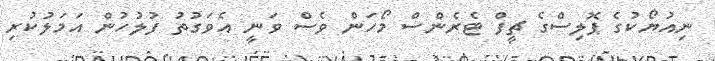
ނިއުޔޯކުގެ ޕޮލިސްގެ ޗީފް ޓެރެންސް މޯހަން ވެސް ވަނީ އެވަގުތު ފުލުހުން އަމަލުކުރި